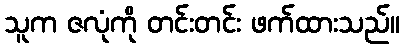
သူက ဇလုံကို တင်းတင်း ဖက်ထားသည်။